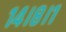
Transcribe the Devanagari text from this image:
१४।८।१